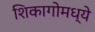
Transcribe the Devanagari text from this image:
शिकागोमध्ये